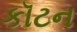
કૉટન